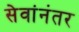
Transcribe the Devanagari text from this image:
सेवांनंतर